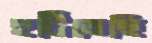
হটিতেছি